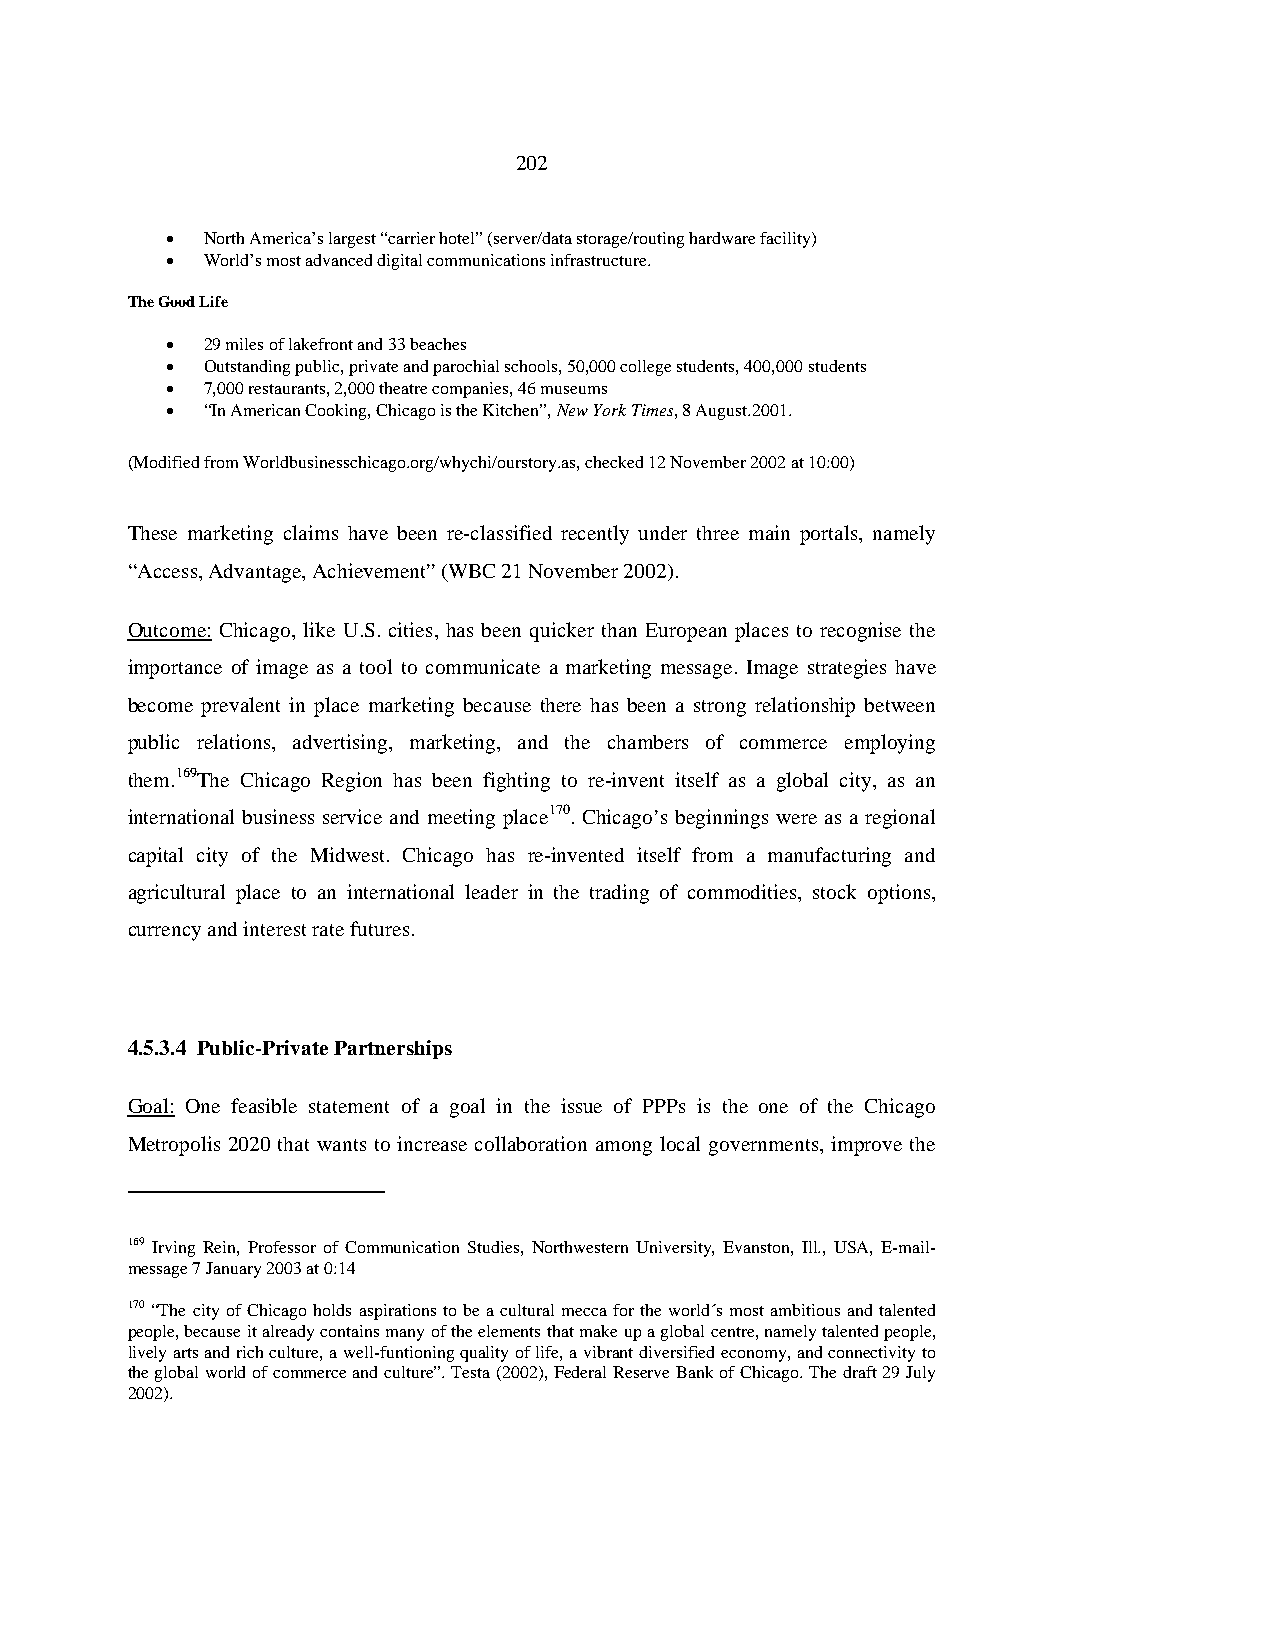
202
 • North America’s largest “carrier hotel” (server/data storage/routing hardware facility)
 • World’s most advanced digital communications infrastructure.
 The Good Life
 • 29 miles of lakefront and 33 beaches
 • Outstanding public, private and parochial schools, 50,000 college students, 400,000 students
 • 7,000 restaurants, 2,000 theatre companies, 46 museums
 • “In American Cooking, Chicago is the Kitchen”, New York Times, 8 August.2001.
 (Modified from Worldbusinesschicago.org/whychi/ourstory.as, checked 12 November 2002 at 10:00)
 These marketing claims have been re-classified recently under three main portals, namely
 “Access, Advantage, Achievement” (WBC 21 November 2002).
 Outcome: Chicago, like U.S. cities, has been quicker than European places to recognise the
 importance of image as a tool to communicate a marketing message. Image strategies have
 become prevalent in place marketing because there has been a strong relationship between
 public relations, advertising, marketing, and the chambers of commerce employing
 them.169The Chicago Region has been fighting to re-invent itself as a global city, as an
 international business service and meeting place170. Chicago’s beginnings were as a regional
 capital city of the Midwest. Chicago has re-invented itself from a manufacturing and
 agricultural place to an international leader in the trading of commodities, stock options,
 currency and interest rate futures.
 4.5.3.4 Public-Private Partnerships
 Goal: One feasible statement of a goal in the issue of PPPs is the one of the Chicago
 Metropolis 2020 that wants to increase collaboration among local governments, improve the
 169 Irving Rein, Professor of Communication Studies, Northwestern University, Evanston, Ill., USA, E-mail-
 message 7 January 2003 at 0:14
 170 “The city of Chicago holds aspirations to be a cultural mecca for the world´s most ambitious and talented
 people, because it already contains many of the elements that make up a global centre, namely talented people,
 lively arts and rich culture, a well-funtioning quality of life, a vibrant diversified economy, and connectivity to
 the global world of commerce and culture”. Testa (2002), Federal Reserve Bank of Chicago. The draft 29 July
 2002).